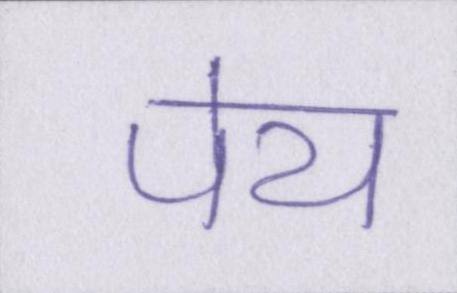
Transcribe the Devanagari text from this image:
पेय